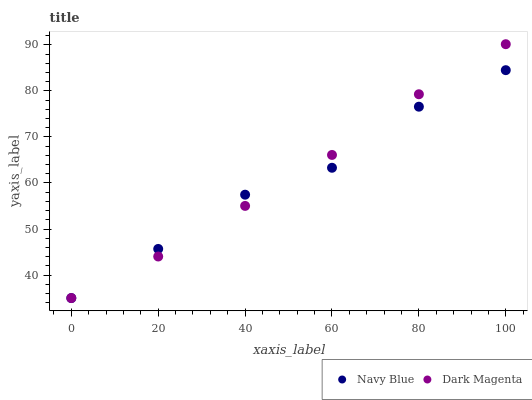
| xaxis_label | Navy Blue | Dark Magenta |
 | --- | --- | --- |
 | 0 | 35 | 35 |
 | 20 | 45.7 | 44 |
 | 40 | 57.5 | 55 |
 | 60 | 63.3 | 66.1 |
 | 80 | 76.6 | 79.3 |
 | 100 | 84.5 | 90.1 |